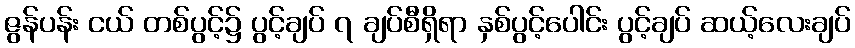
ဇွန်ပန်း ငယ် တစ်ပွင့်၌ ပွင့်ချပ် ၇ ချပ်စီရှိရာ နှစ်ပွင့်ပေါင်း ပွင့်ချပ် ဆယ့်လေးချပ်